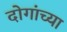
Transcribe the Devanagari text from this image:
दोगांच्या